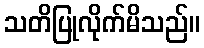
သတိပြုလိုက်မိသည်။